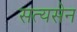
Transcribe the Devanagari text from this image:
सत्यसेन